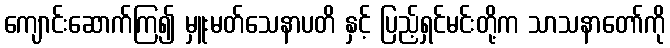
ကျောင်းဆောက်ကြ၍ မှူးမတ်သေနာပတိ နှင့် ပြည့်ရှင်မင်းတို့က သာသနာတော်ကို